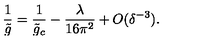
{ \frac { 1 } { \tilde { g } } } = { \frac { 1 } { \tilde { g } _ { c } } } - { \frac { \lambda } { 1 6 \pi ^ { 2 } } } + O ( \delta ^ { - 3 } ) .